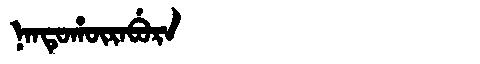
Manchu: ᠨᠠᠨᡨᡠᡥᡡᡵᠠᠪᡠᡵᠠ
Romanization: NANTUHŪRABURA